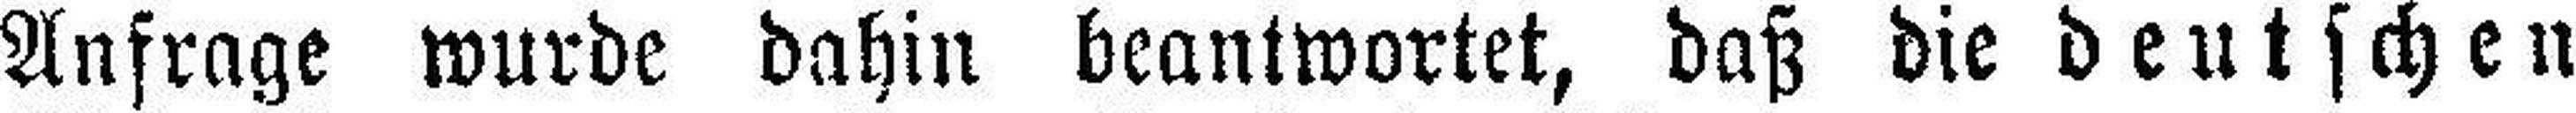
Anfrage wurde dahin beantwortet, daß die deutschen